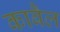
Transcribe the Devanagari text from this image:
काबैल